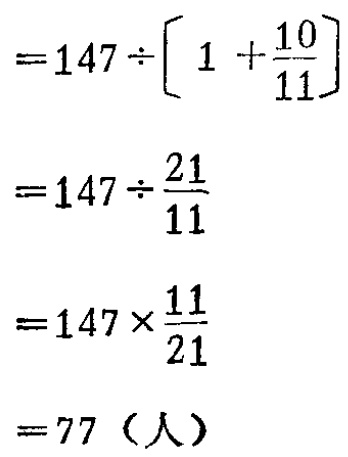
\[

\begin{align*}

&=147\div\left(1 + \frac{10}{11}\right)\\

&=147\div\frac{21}{11}\\

&=147\times\frac{11}{21}\\

&=77（人）

\end{align*}

\]